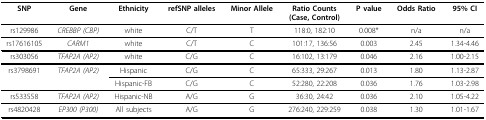
<table><thead><tr><td><b>SNP</b></td><td><b>Gene</b></td><td><b>Ethnicity</b></td><td><b>refSNP alleles</b></td><td><b>Minor Allele</b></td><td><b>Ratio Counts(Case, Control)</b></td><td><b>P value</b></td><td><b>Odds Ratio</b></td><td><b>95% CI</b></td></tr></thead><tbody><tr><td>rs129986</td><td><i>CREBBP (CBP)</i></td><td>white</td><td>C/T</td><td>T</td><td>118:0, 182:10</td><td>0.008*</td><td>n/a</td><td>n/a</td></tr><tr><td>rs17616105</td><td><i>CARM1</i></td><td>white</td><td>C/T</td><td>C</td><td>101:17, 136:56</td><td>0.003</td><td>2.45</td><td>1.34-4.46</td></tr><tr><td>rs303056</td><td><i>TFAP2A (AP2)</i></td><td>white</td><td>C/G</td><td>C</td><td>16:102, 13:179</td><td>0.046</td><td>2.16</td><td>1.00-2.15</td></tr><tr><td>rs3798691</td><td><i>TFAP2A (AP2)</i></td><td>Hispanic</td><td>C/G</td><td>C</td><td>65:333, 29:267</td><td>0.013</td><td>1.80</td><td>1.13-2.87</td></tr><tr><td></td><td></td><td>Hispanic-FB</td><td>C/G</td><td>C</td><td>52:280, 22:208</td><td>0.036</td><td>1.76</td><td>1.03-2.98</td></tr><tr><td>rs533558</td><td><i>TFAP2A (AP2)</i></td><td>Hispanic-NB</td><td>A/G</td><td>G</td><td>36:30, 24:42</td><td>0.036</td><td>2.10</td><td>1.05-4.22</td></tr><tr><td>rs4820428</td><td><i>EP300 (P300)</i></td><td>All subjects</td><td>A/G</td><td>G</td><td>276:240, 229:259</td><td>0.038</td><td>1.30</td><td>1.01-1.67</td></tr></tbody></table>